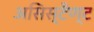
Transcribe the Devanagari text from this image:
असिस्टैण्ट